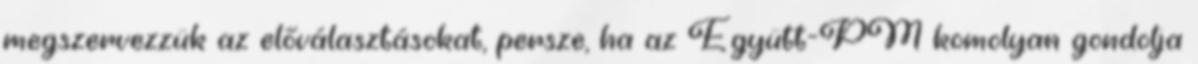
megszervezzük az előválasztásokat, persze, ha az Együtt-PM komolyan gondolja